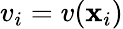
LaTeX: v_{i}=v(\mathbf{x}_{i})